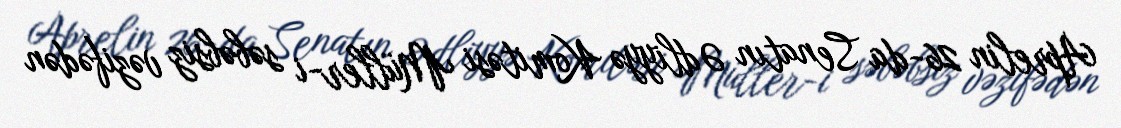
Aprelin 26-da Senatın Ədliyyə Komitəsi Müller-i səbəbsiz vəzifədən